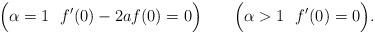
LaTeX: \begin{align*} \ \Big(\alpha=1 \ \ f'(0)-2af(0)=0\Big) \ \ \ \ \ \ \Big(\alpha> 1 \ \ f'(0)=0\Big). \end{align*}